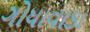
ગોધાવાડા